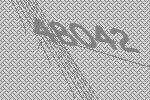
48042